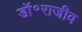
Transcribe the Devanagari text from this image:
डॉ॰राजीव